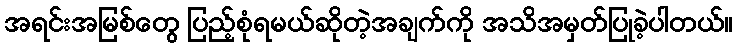
အရင်းအမြစ်တွေ ပြည့်စုံရမယ်ဆိုတဲ့အချက်ကို အသိအမှတ်ပြုခဲ့ပါတယ်။